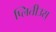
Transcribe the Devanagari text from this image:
प्लितीउस्